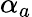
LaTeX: \alpha_{a}